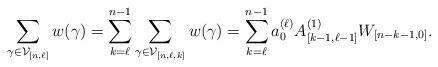
LaTeX: \begin{align*}\sum_{\gamma\in\mathcal{V}_{[n,\ell]}}w(\gamma)=\sum_{k=\ell}^{n-1}\sum_{\gamma\in\mathcal{V}_{[n,\ell,k]}}w(\gamma)=\sum_{k=\ell}^{n-1}a_{0}^{(\ell)} A^{(1)}_{[k-1,\ell-1]} W_{[n-k-1,0]}.\end{align*}